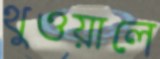
থুওয়ালে